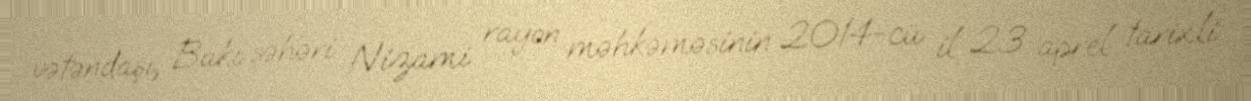
vətəndaşı, Bakı şəhəri Nizami rayon məhkəməsinin 2014-cü il 23 aprel tarixli